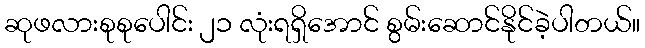
ဆုဖလားစုစုပေါင်း ၂၁ လုံးရရှိအောင် စွမ်းဆောင်နိုင်ခဲ့ပါတယ်။